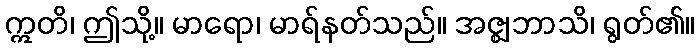
ဣတိ၊ ဤသို့။ မာရော၊ မာရ်နတ်သည်။ အဇ္ဈဘာသိ၊ ရွတ်၏။